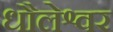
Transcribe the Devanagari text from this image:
धौलेश्वर